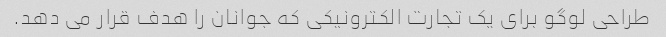
طراحی لوگو برای یک تجارت الکترونیکی که جوانان را هدف قرار می دهد.